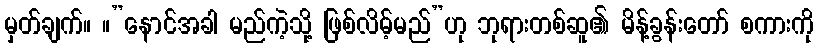
မှတ်ချက်။ ။”နောင်အခါ မည်ကဲ့သို့ ဖြစ်လိမ့်မည်”ဟု ဘုရားတစ်ဆူ၏ မိန့်ခွန်းတော် စကားကို